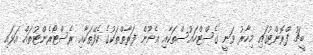
ބީޗު ފްރޮންޓުގައި މިހާރު ވަނީ ގެސްޓްހައުސްތަކާއި އެނޫން ފަރާތްތަކުގެ ކެފޭތަކާއި ރެސްޓޯރެންޓުތައް އަޅައި